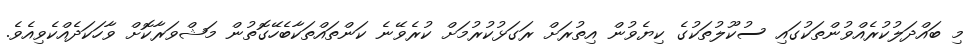
މި ބައްދަލުކުރެއްވުންތަކުގައި ސުކޫލުތަކުގެ ކިޔެވުން އިތުރަށް ރަގަޅުކުރުމަށް ކުރެވޭނެ ކަންތައްތަކާބެހޭގޮތުން މަޝްވަރާކޮށް ވާހަކަދެއްކެވިއެވެ.